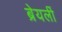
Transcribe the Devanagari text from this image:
ब्रेयर्ली